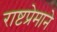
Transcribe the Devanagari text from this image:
राष्टप्रेमाने